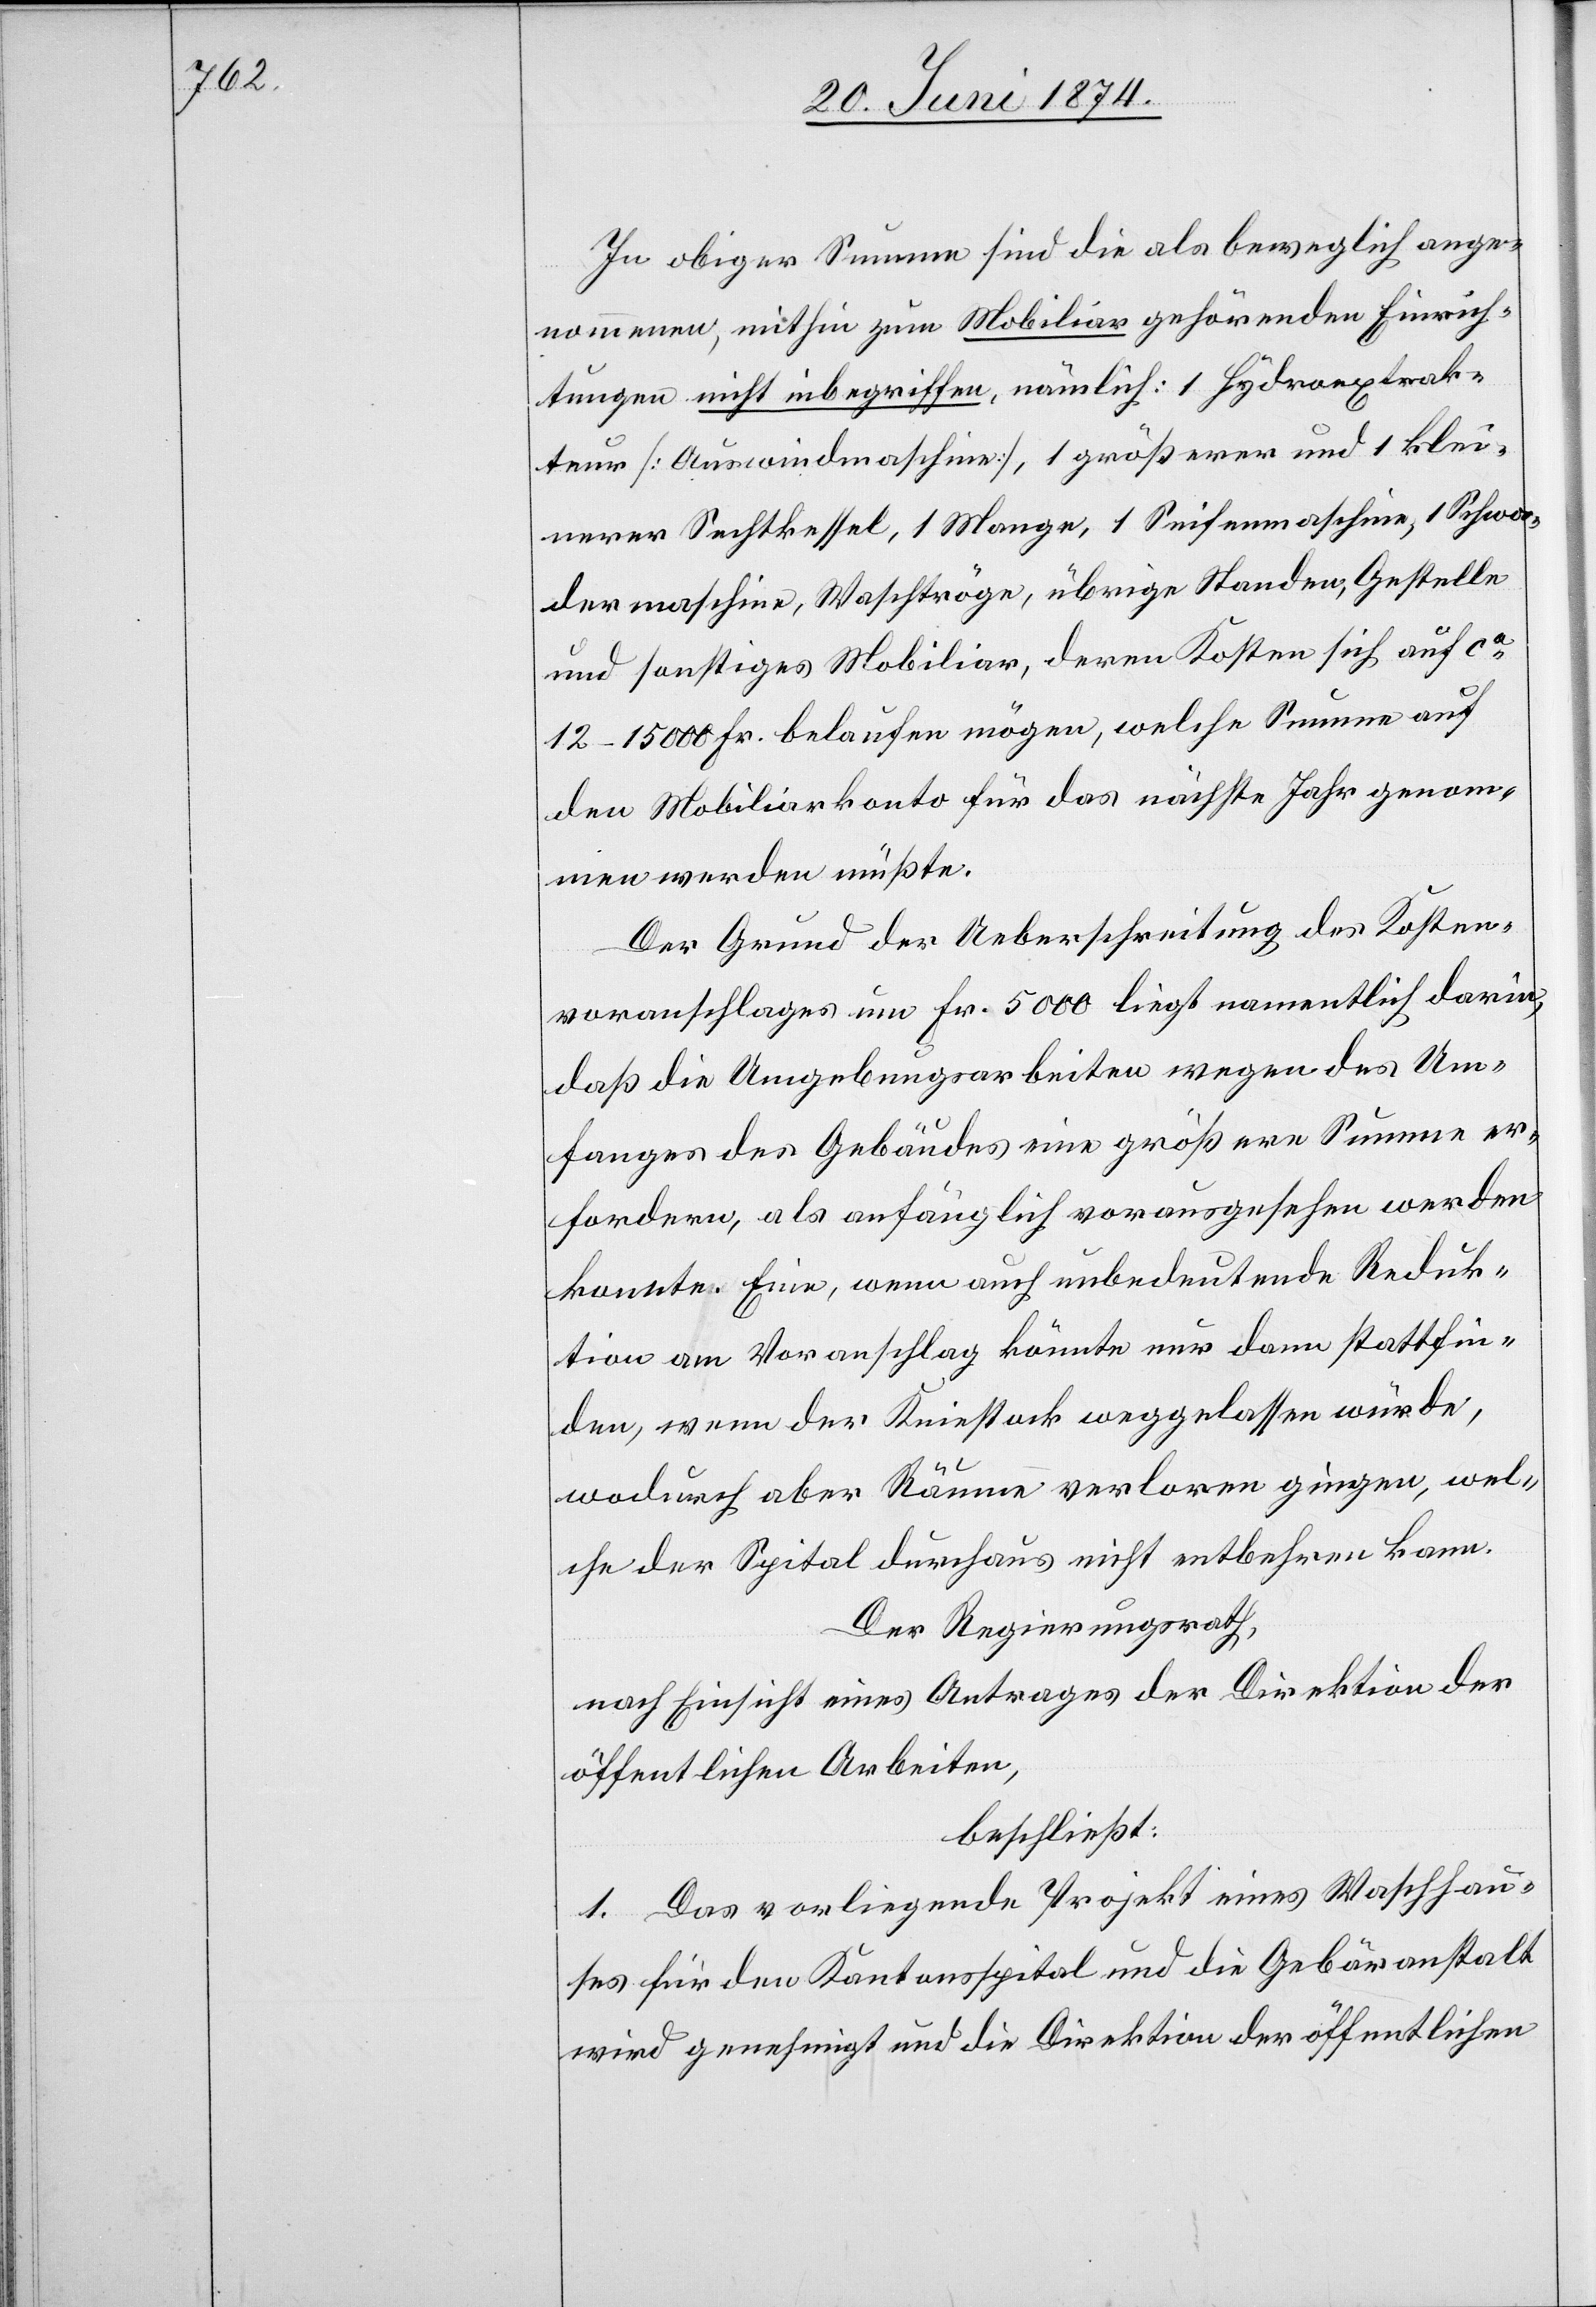
In obiger Summe sind die als beweglich ange¬
nommenen, mithin zum Mobiliar gehörenden Einrich¬
tungen nicht inbegriffen, nämlich: 1 Hydroextrak¬
teur [Auswindmaschine], 1 größerer und 1 klei¬
nerer Sechtkessel, 1 Mange, 1 Seifenmaschine, 1 Schwa¬
dermaschine, Waschtröge, übrige Standen, Gestelle
und sonstiges Mobiliar, deren Kosten sich auf ca
12–15 000 Fr. belaufen mögen, welche Summe auf
den Mobiliarkonto für das nächste Jahr genom¬
men werden müßte.
Der Grund der Ueberschreitung des Kosten¬
voranschlages um Fr. 5000 liegt namentlich darin,
daß die Umgebungsarbeiten wegen des Um¬
fanges des Gebäudes eine größere Summe er¬
fordern, als anfänglich vorausgesehen werden
konnte. Eine, wenn auch unbedeutende Reduk¬
tion am Voranschlag könnte nur dann stattfin¬
den, wenn der Kniestock weggelassen würde,
wodurch aber Räume verloren gingen, wel¬
che der Spital durchaus nicht entbehren kann.
Der Regierungsrath,
nach Einsicht eines Antrages der Direktion der
öffentlichen Arbeiten,
beschließt:
1. Das vorliegende Projekt eines Waschhau¬
ses für den Kantonsspital und die Gebäranstalt
wird genehmigt und die Direktion der öffentlichen